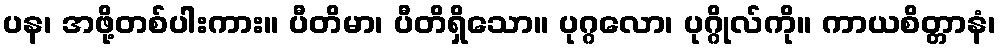
ပန၊ အဖို့တစ်ပါးကား။ ပီတိမာ၊ ပီတိရှိသော။ ပုဂ္ဂလော၊ ပုဂ္ဂိုလ်ကို။ ကာယစိတ္တာနံ၊